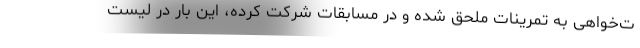
ت‌خواهی به تمرینات ملحق شده و در مسابقات شرکت کرده، این بار در لیست